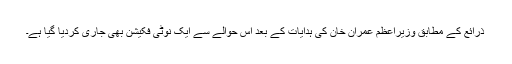
ذرائع کے مطابق وزیراعظم عمران خان کی ہدایات کے بعد اس حوالے سے ایک نوٹی فکیشن بھی جاری کردیا گیا ہے۔